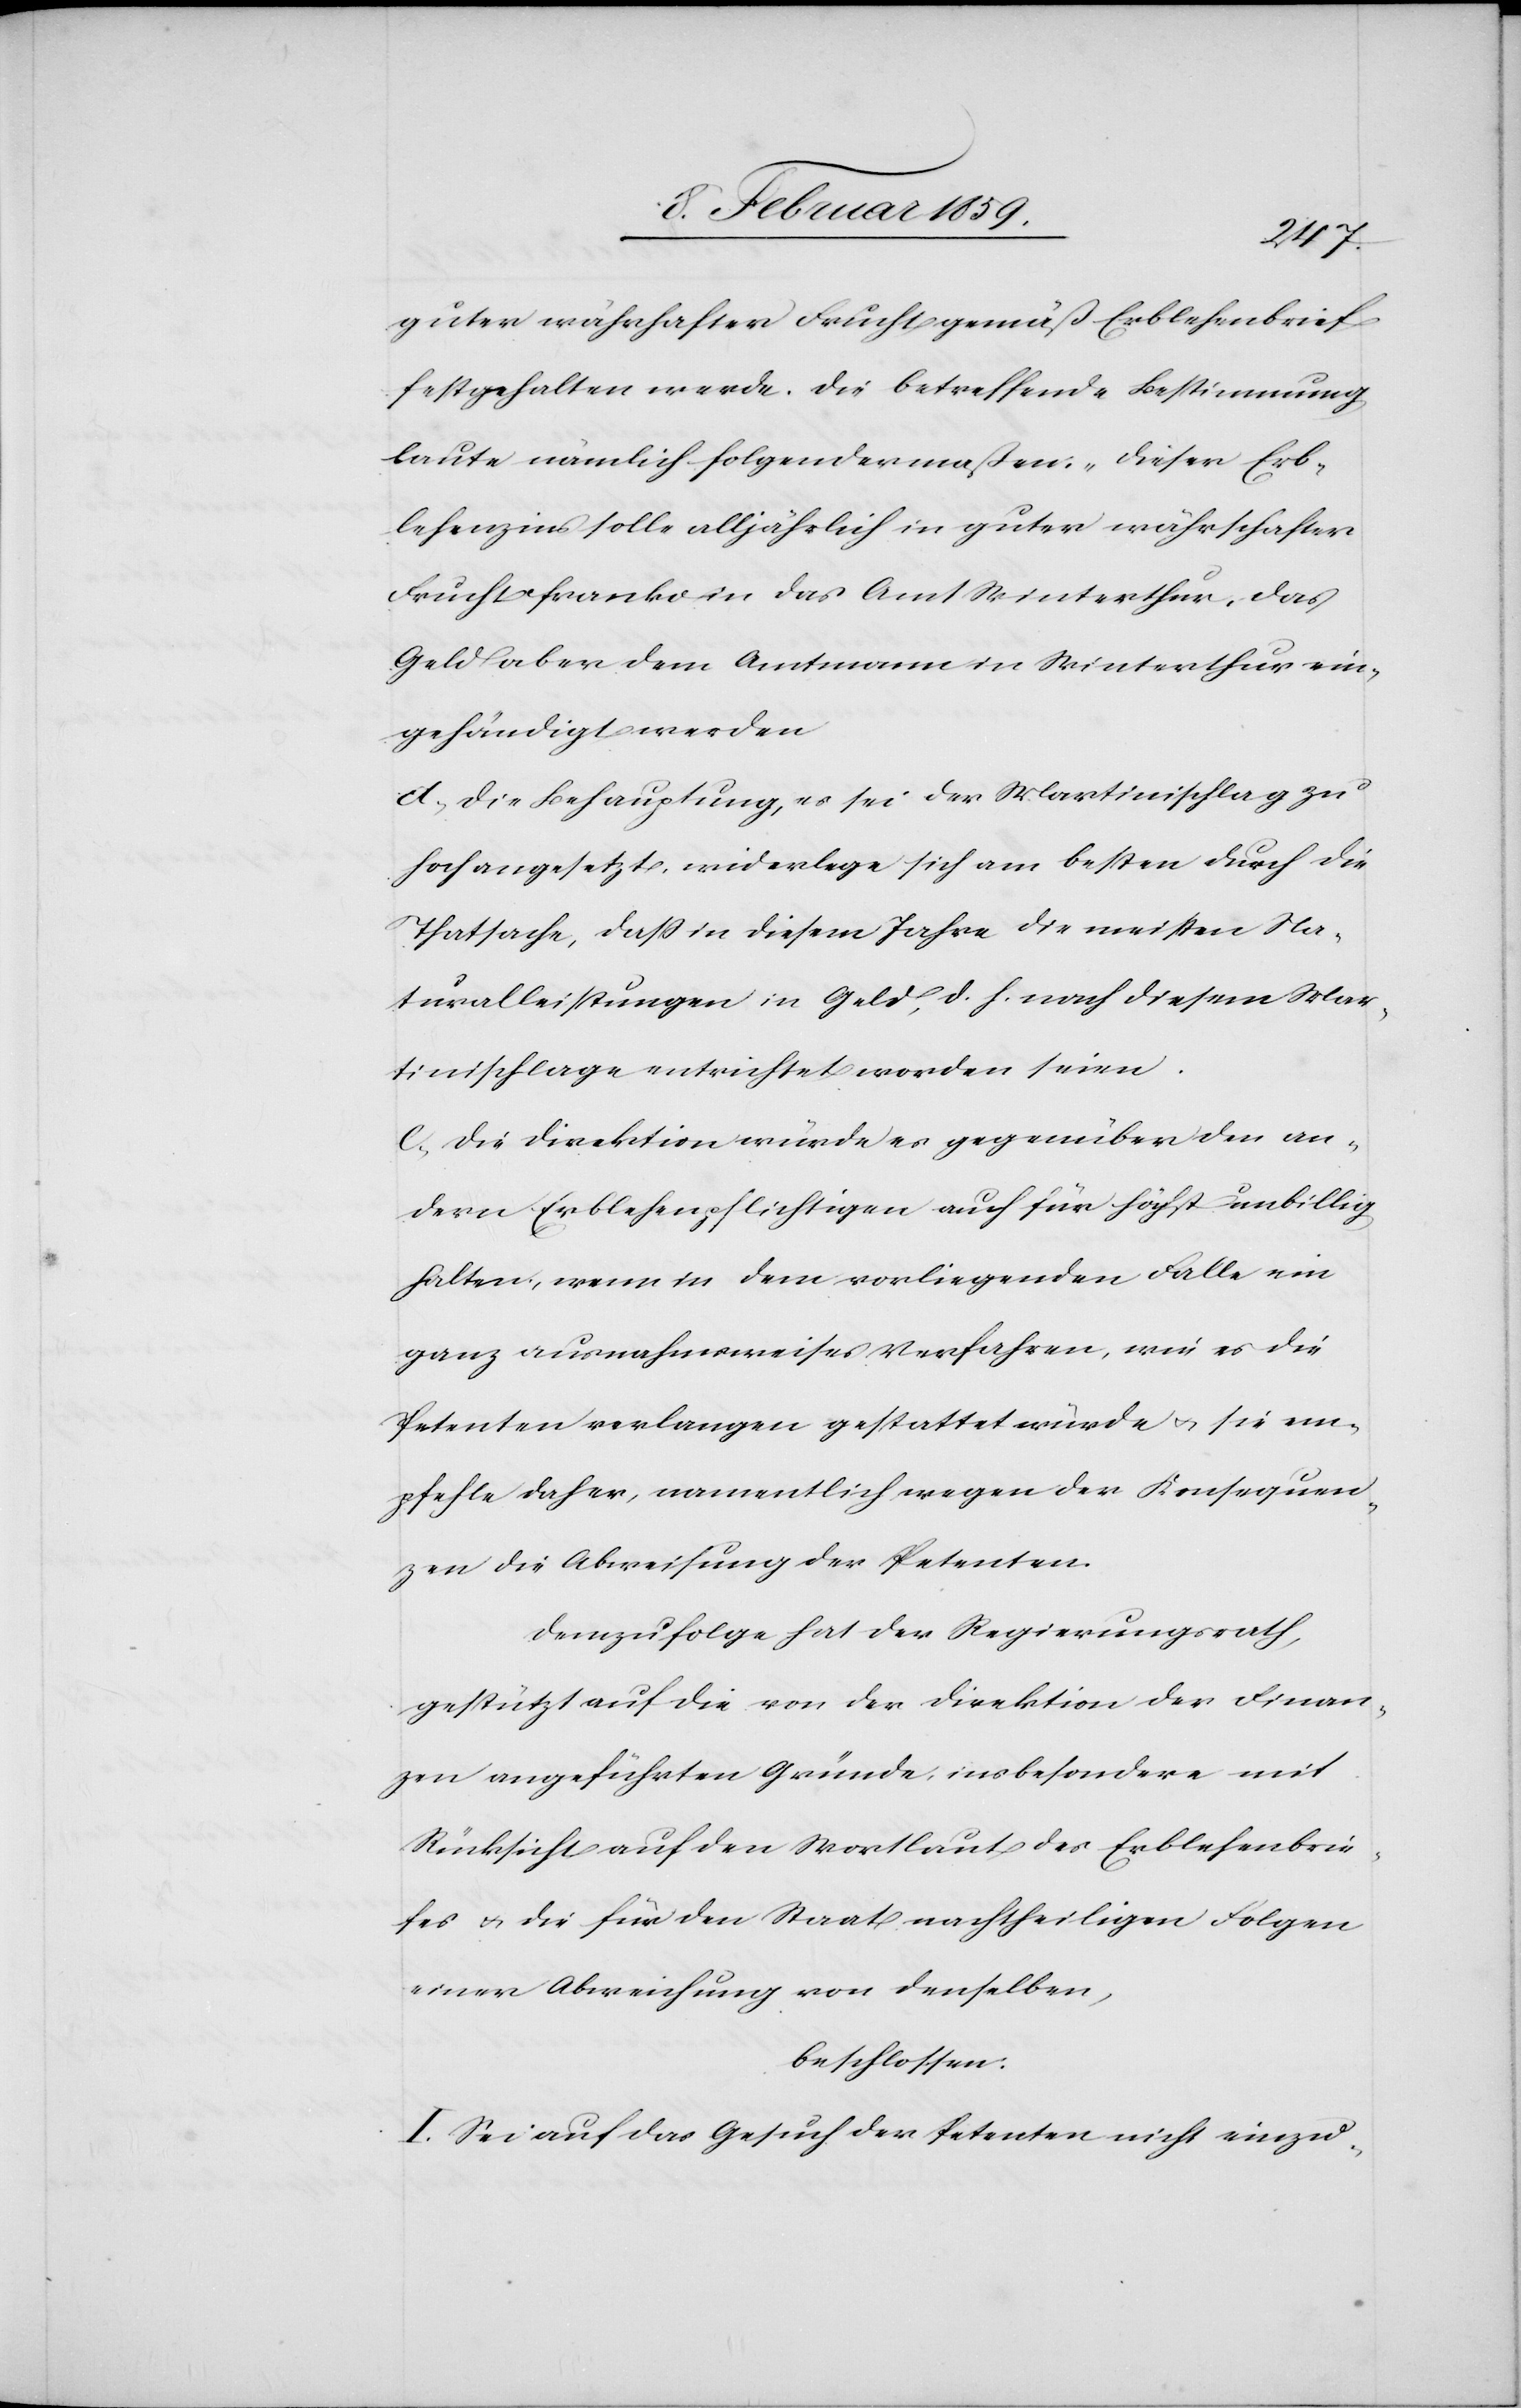
guter währhafter Frucht gemäß Erblehenbrief
festgehalten werde. Die betreffende Bestimmung
laute nämlich folgendermaßen: „Dieser Erb¬
lehenzins solle alljährlich in guter währschafter
Frucht franko in das Amt Winterthur, das
Geld aber dem Amtmann in Winterthur ein¬
gehändigt werden.[“]
d, Die Behauptung, es sei der Martinischlag zu
hoch angesetzt, widerlege sich am besten durch die
Thatsache, daß in diesem Jahre die meisten Na¬
turalleistungen in Geld, d. h. nach diesem Mar¬
tinischlage entrichtet worden seien.
c, Die Direktion würde es gegenüber den an¬
dern Erblehenpflichtigen auch für höchst unbillig
halten, wenn in dem vorliegenden Falle ein
ganz ausnahmsweises Verfahren, wie es die
Petenten verlangen gestattet würde u. sie em¬
pfehle daher, namentlich wegen den Konsequen¬
zen die Abweisung der Petenten.
Demzufolge hat der Regierungsrath,
gestützt auf die von der Direktion der Finan¬
zen angeführten Gründe, insbesondere mit
Rücksicht auf den Wortlaut des Erblehenbrie¬
fes u. die für den Staat nachtheiligen Folgen
einer Abweichung von denselben,
beschlossen:
I. Sei auf das Gesuch der Petenten nicht einzu-